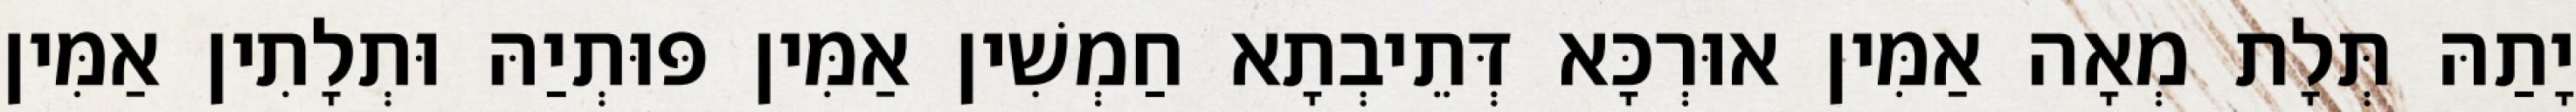
יָתַהּ תְּלָת מְאָה אַמִּין אוּרְכָּא דְּתֵיבְתָא חַמְשִׁין אַמִּין פּוּתְיַהּ וּתְלָתִין אַמִּין